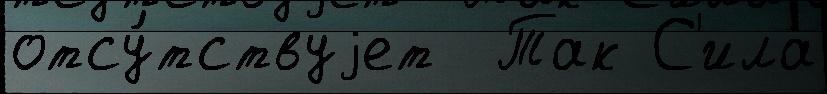
отсу́тствуjет  Так С'ила